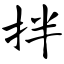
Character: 拌